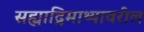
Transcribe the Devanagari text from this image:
सह्याद्रिमाथ्यावरील